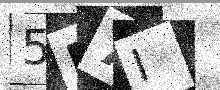
Text: 5L7I